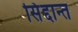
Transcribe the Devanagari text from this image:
सिंद्दान्त